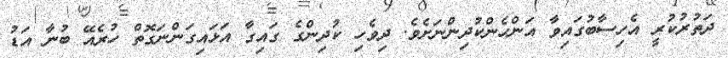
ދަތުރުކުރީ އެހިސާބުގައިވާ އަންހެންކުދިންނަށެވެ. ދިވެހި ކުދިންގެ ގައިގާ އަޅައިގަންނަގޮތް ހުރެއޭ ބުނާ އަޑު